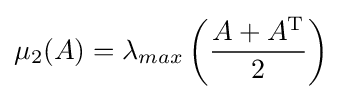
\displaystyle \mu _{2}(A)=\lambda _{max}\left({\frac {A+A^{\mathrm {T} }}{2}}\right)